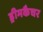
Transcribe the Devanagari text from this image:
ड्रीमकैचर